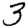
Digit: 3